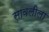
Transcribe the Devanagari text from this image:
सावलीला